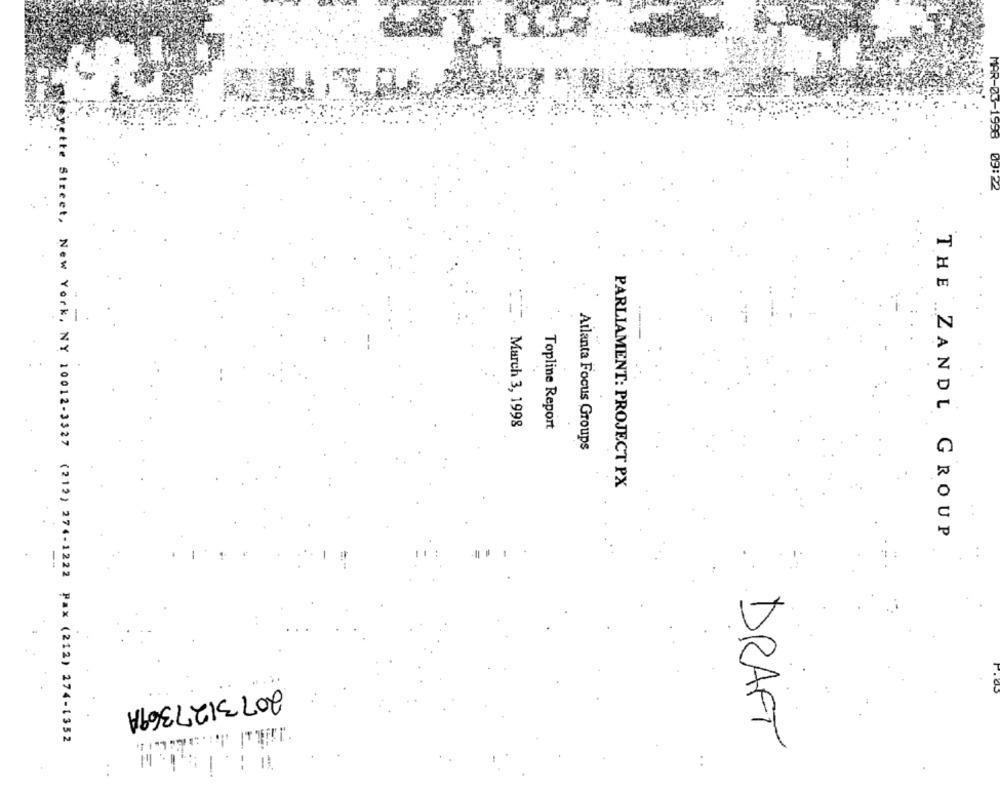
MAR-03-1958
03.22
March 3, 1998
Topline Report
Atlanta Focus Groups
PARLIAMENT: PROJECT PX
THE ZANDL GROUP
--
2073127369A
te Street, New York, NY 10012-3327 (212) 274-1222 Pax (212) 274-1352
DRAFT
-